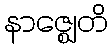
နာဇ္ဈေတိ